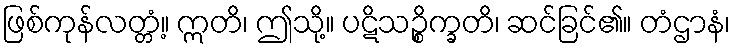
ဖြစ်ကုန်လတ္တံ့။ ဣတိ၊ ဤသို့။ ပဋိသဉ္စိက္ခတိ၊ ဆင်ခြင်၏။ တံဌာနံ၊